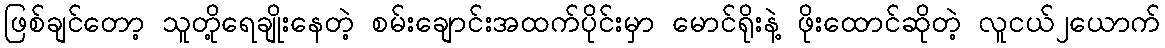
ဖြစ်ချင်တော့ သူတို့ရေချိုးနေတဲ့ စမ်းချောင်းအထက်ပိုင်းမှာ မောင်ရိုးနဲ့ ဖိုးထောင်ဆိုတဲ့ လူငယ်၂ယောက်